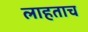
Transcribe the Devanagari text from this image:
लाहताच